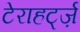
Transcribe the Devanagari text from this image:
टेराहर्ट्ज़